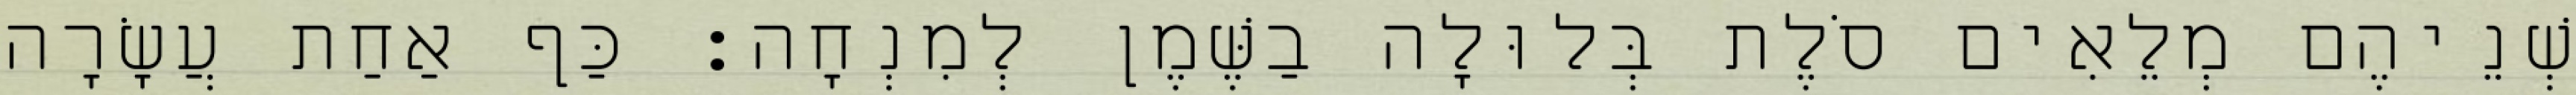
שְׁנֵיהֶם מְלֵאִים סֹלֶת בְּלוּלָה בַשֶּׁמֶן לְמִנְחָה׃ כַּף אַחַת עֲשָׂרָה